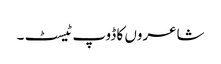
شاعروں کا ڈوپ ٹیسٹ ۔